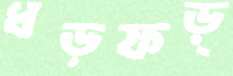
ধড়ফড়্